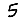
Digit: 5